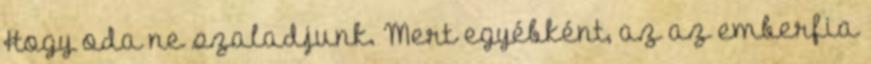
Hogy oda ne szaladjunk. Mert egyébként, az az emberfia